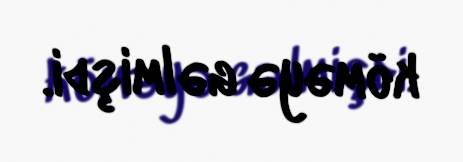
köməyə gəlmişdi.